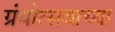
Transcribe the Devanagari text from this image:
ग्रंथोत्सवाच्या